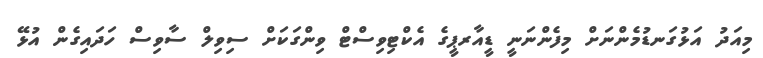
މިއަދު އަޅުގަނޑުމެންނަށް މިފެންނަނީ ޑީއާރޕީގެ އެކްޓިވިސްޓް ވިންގަކަށް ސިވިލް ސާވިސް ހަދައިގެން އުޅޭ